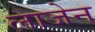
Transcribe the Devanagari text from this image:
लाजेन